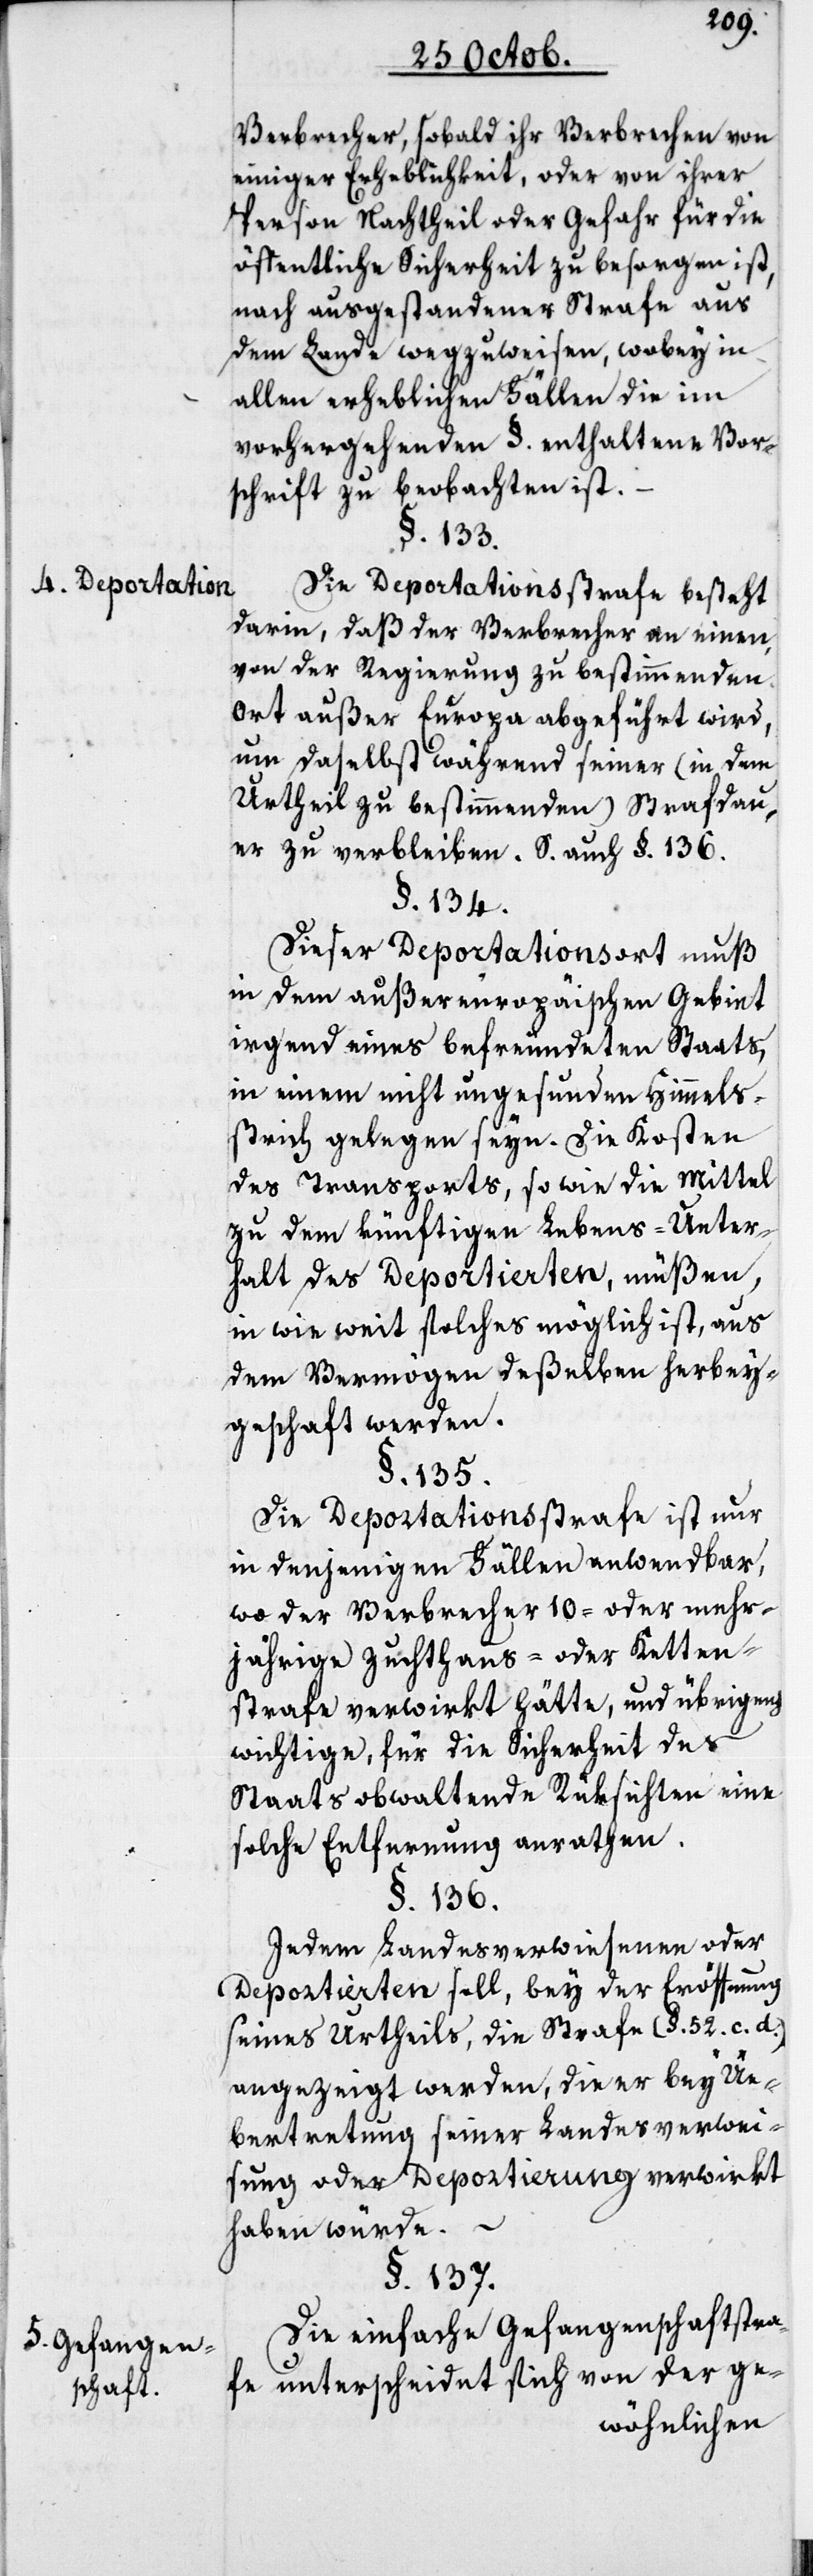
4. Deportation.
5. Gefangen¬
schaft.

Verbrecher, sobald ihr Verbrechen von
einiger Erheblichkeit, oder von ihrer
Person Nachtheil oder Gefahr für die
öffentliche Sicherheit zu besorgen ist,
nach ausgestandener Strafe aus
dem Lande wegzuweisen, wobey in
allen erheblichen Fällen die im
vorhergehenden §. enthaltene Vor¬
schrift zu beobachten ist.
§. 133.
Die Deportationsstrafe besteht
darin, daß der Verbrecher an einen,
von der Regierung zu bestimmenden
Ort außer Europa abgeführt wird,
um daselbst während seiner (in dem
Urtheil zu bestimmenden) Strafdau¬
er zu verbleiben. S. auch §. 136.
§. 134.
Dieser Deportationsart muß
in dem außereuropäischen Gebiet
irgend eines befreundeten Staats,
in einem nicht ungesunden Himmels¬
strich gelegen seyn. Die Kosten
des Transports, so wie die Mittel
zu dem künftigen Lebens-Unter¬
halt des Deportierten, müßen,
in wie weit solches möglich ist, aus
dem Vermögen deßelben herbei¬
geschafft werden.
§. 135.
Die Deportationsstrafe ist nur
in denjenigen Fällen anwendbar,
wo der Verbrecher 10- oder mehr¬
jährige Zuchthaus- oder Ketten¬
strafe verwirkt hätte, und übrigens
wichtige, für die Sicherheit des
Staats obwaltende Rüksichten eine
solche Entfernung anrathen.
§. 136.
Jedem Landesverwiesenen oder
Deportierten soll, bey der Eröffnung
seines Urtheils, die Strafe (§. 52. c. d.)
angezeigt werden, die er bey Ue¬
bertretung seiner Landesverwei¬
sung oder Deportierung verwirkt
haben würde. –
§. 137.
Die einfache Gefangenschaftstra¬
fe unterscheidet sich von der ge-